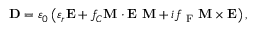
\mathbf { D } = \varepsilon _ { 0 } \left( \varepsilon _ { r } \mathbf { E } + f _ { C } \mathbf { M } \cdot \mathbf { E } \ \mathbf { M } + i f _ { \mathrm { ~ F ~ } } \mathbf { M } \times \mathbf { E } \right) ,